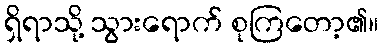
ရှိရာသို့ သွားရောက် စုကြတော့၏။